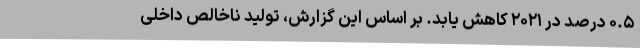
۰.۵ درصد در ۲۰۲۱ کاهش یابد. بر اساس این گزارش، تولید ناخالص داخلی